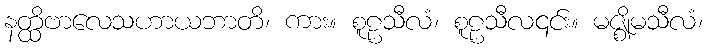
နတ္ထိဗာလေသဟာယဘာတိ၊ ကား။ စူဠသီလံ၊ စူဠသီလ၎င်း။ မဇ္ဈိမသီလံ၊